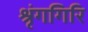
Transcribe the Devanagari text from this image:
श्रृंगगिरि